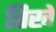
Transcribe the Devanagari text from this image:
तिखे